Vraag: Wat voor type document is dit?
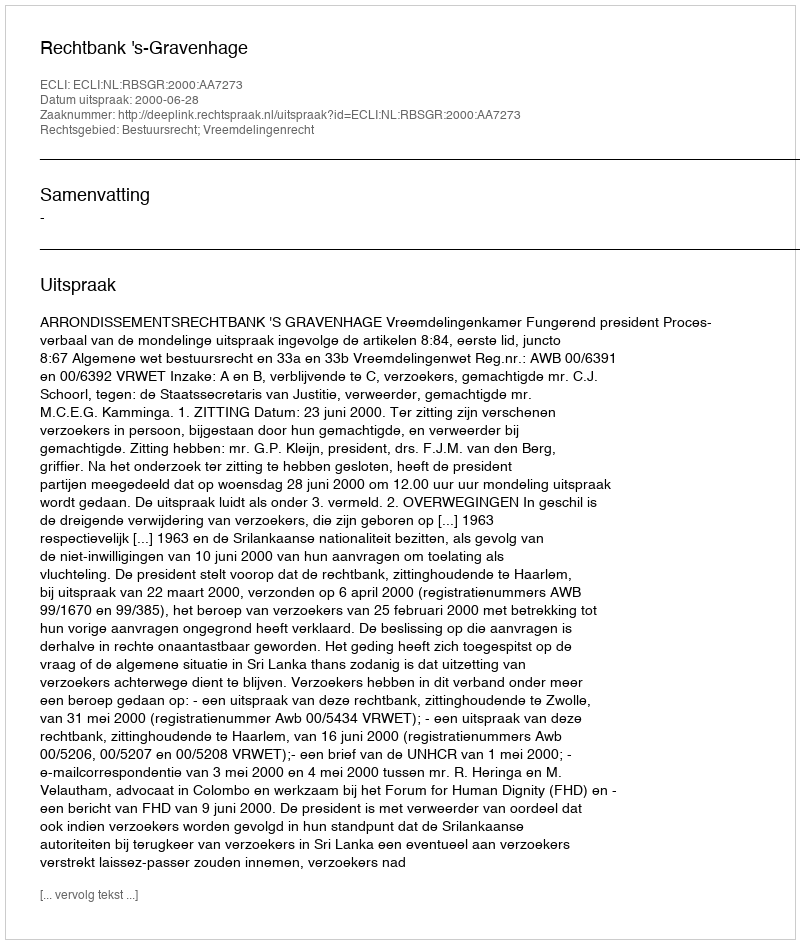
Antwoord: Uitspraak